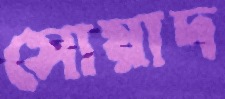
সোয়াদ